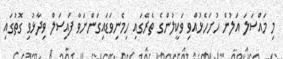
މި މައްސަލަ އަލުން ހުށަހެޅުއްވި ވަކީލުންގެ ތެރޭގައި ހިމެނިވަޑައިގަންނަވާ ފައިސަލް ވިދާޅުވި ގޮތުގައި